Rangoon Lunatic Asylum 1878-1892 - 1878-1892
Year: 1878
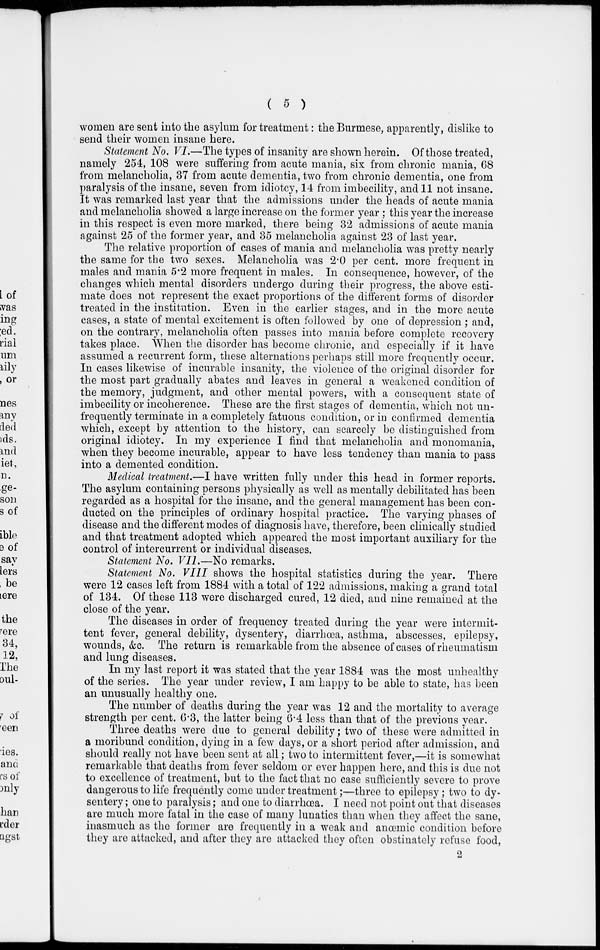
( 5 )
women are sent into the asylum for treatment: the Burmese, apparently, dislike to
send their women insane here.
Statement No. VI.—The types of insanity are shown herein. Of those treated,
namely 254, 108 were suffering from acute mania, six from chronic mania, 68
from melancholia, 37 from acute dementia, two from chronic dementia, one from
paralysis of the insane, seven from idiotcy, 14 from imbecility, and 11 not insane.
It was remarked last year that the admissions under the heads of acute mania
and melancholia showed a large increase on the former year ; this year the increase
in this respect is even more marked, there being 32 admissions of acute mania
against 25 of the former year, and 35 melancholia against 23 of last year.
The relative proportion of cases of mania and melancholia was pretty nearly
the same for the two sexes. Melancholia was 2.0 per cent. more frequent in
males and mania 5.2 more frequent in males. In consequence, however, of the
changes which mental disorders undergo during their progress, the above esti-
mate does not represent the exact proportions of the different forms of disorder
treated in the institution. Even in the earlier stages, and in the more acute
cases, a state of mental excitement is often followed by one of depression ; and,
on the contrary, melancholia often passes into mania before complete recovery
takes place. When the disorder has become chronic, and especially if it have
assumed a recurrent form, these alternations perhaps still more frequently occur.
In cases likewise of incurable insanity, the violence of the original disorder for
the most part gradually abates and leaves in general a weakened condition of
the memory, judgment, and other mental powers, with a consequent state of
imbecility or incoherence. These are the first stages of dementia, which not un-
frequently terminate in a completely fatuous condition, or in confirmed dementia
which, except by attention to the history, can scarcely be distinguished from
original idiotcy. In my experience I find that melancholia and monomania,
when they become incurable, appear to have less tendency than mania to pass
into a demented condition.
Medical treatment.—I have written fully under this head in former reports.
The asylum containing persons physically as well as mentally debilitated has been
regarded as a hospital for the insane, and the general management has been con-
ducted on the principles of ordinary hospital practice. The varying phases of
disease and the different modes of diagnosis have, therefore, been clinically studied
and that treatment adopted which appeared the most important auxiliary for the
control of intercurrent or individual diseases.
Statement No. VII.—No remarks.
Statement No. VIII shows the hospital statistics during the year. There
were 12 cases left from 1884 with a total of 122 admissions, making a grand total
of 134. Of these 113 were discharged cured, 12 died, and nine remained at the
close of the year.
The diseases in order of frequency treated during the year were intermit-
tent fever, general debility, dysentery, diarrhœa, asthma, abscesses, epilepsy,
wounds, &c. The return is remarkable from the absence of cases of rheumatism
and lung diseases.
In my last report it was stated that the year 1884 was the most unhealthy
of the series. The year under review, I am happy to be able to state, has been
an unusually healthy one.
The number of deaths during the year was 12 and the mortality to average
strength per cent. 6.3, the latter being 6.4 less than that of the previous year.
Three deaths were due to general debility; two of these were admitted in
a moribund condition, dying in a few days, or a short period after admission, and
should really not have been sent at all; two to intermittent fever,—it is somewhat
remarkable that deaths from fever seldom or ever happen here, and this is due not
to excellence of treatment, but to the fact that no case sufficiently severe to prove
dangerous to life frequently come under treatment;—three to epilepsy; two to dy-
sentery; one to paralysis; and one to diarrhœa. I need not point out that diseases
are much more fatal in the case of many lunatics than when they affect the sane,
inasmuch as the former are frequently in a weak and anœmic condition before
they are attacked, and after they are attacked they often obstinately refuse food,
2